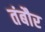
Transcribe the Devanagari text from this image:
तंबौर